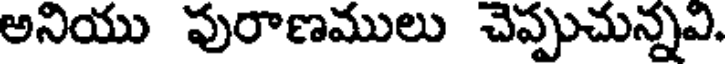
అనియు పురాణములు చెప్పుచున్నవి.